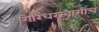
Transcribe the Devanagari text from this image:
गिरिधरस्वामींचं